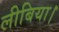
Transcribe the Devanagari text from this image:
लीबिया।